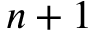
n + 1